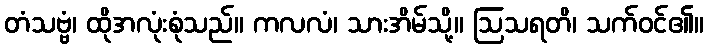
တံသဗ္ဗံ၊ ထိုအလုံးစုံသည်။ ကလလံ၊ သားအိမ်သို့။ ဩသရတိ၊ သက်ဝင်၏။